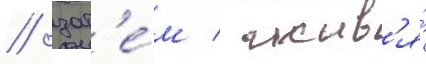
/ зат'е́м / жив'я́